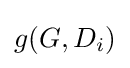
{\textstyle g(G,D_{i})}